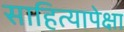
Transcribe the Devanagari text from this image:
साहित्यापेक्षा